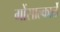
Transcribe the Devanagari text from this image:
गोंसाल्कार्ले